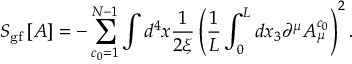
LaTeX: S _ { \mathrm { g f } } \left[ A \right] = - \sum _ { c _ { 0 } = 1 } ^ { N - 1 } \int d ^ { 4 } x \frac { 1 } { 2 \xi } \left( \frac { 1 } { L } \int _ { 0 } ^ { L } d x _ { 3 } \partial ^ { \mu } A _ { \mu } ^ { c _ { 0 } } \right) ^ { 2 } .